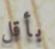
بأقل